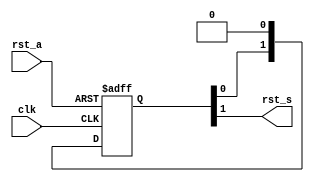
//----------------------------------------------------------------------------
// Copyright (C) 2009 , Olivier Girard
//
// Redistribution and use in source and binary forms, with or without
// modification, are permitted provided that the following conditions
// are met:
//     * Redistributions of source code must retain the above copyright
//       notice, this list of conditions and the following disclaimer.
//     * Redistributions in binary form must reproduce the above copyright
//       notice, this list of conditions and the following disclaimer in the
//       documentation and/or other materials provided with the distribution.
//     * Neither the name of the authors nor the names of its contributors
//       may be used to endorse or promote products derived from this software
//       without specific prior written permission.
//
// THIS SOFTWARE IS PROVIDED BY THE COPYRIGHT HOLDERS AND CONTRIBUTORS "AS IS"
// AND ANY EXPRESS OR IMPLIED WARRANTIES, INCLUDING, BUT NOT LIMITED TO, THE
// IMPLIED WARRANTIES OF MERCHANTABILITY AND FITNESS FOR A PARTICULAR PURPOSE
// ARE DISCLAIMED. IN NO EVENT SHALL THE COPYRIGHT HOLDER OR CONTRIBUTORS BE
// LIABLE FOR ANY DIRECT, INDIRECT, INCIDENTAL, SPECIAL, EXEMPLARY,
// OR CONSEQUENTIAL DAMAGES (INCLUDING, BUT NOT LIMITED TO, PROCUREMENT OF
// SUBSTITUTE GOODS OR SERVICES; LOSS OF USE, DATA, OR PROFITS; OR BUSINESS
// INTERRUPTION) HOWEVER CAUSED AND ON ANY THEORY OF LIABILITY, WHETHER IN
// CONTRACT, STRICT LIABILITY, OR TORT (INCLUDING NEGLIGENCE OR OTHERWISE)
// ARISING IN ANY WAY OUT OF THE USE OF THIS SOFTWARE, EVEN IF ADVISED OF
// THE POSSIBILITY OF SUCH DAMAGE
//
//----------------------------------------------------------------------------
//
// *File Name: omsp_sync_reset.v
//
// *Module Description:
//                       Generic reset synchronizer for the openMSP430
//
// *Author(s):
//              - Olivier Girard,    olgirard@gmail.com
//
//----------------------------------------------------------------------------
// $Rev: 103 $
// $LastChangedBy: olivier.girard $
// $LastChangedDate: 2011-03-05 15:44:48 +0100 (Sat, 05 Mar 2011) $
//----------------------------------------------------------------------------

module  omsp_sync_reset (

// OUTPUTs
    rst_s,                        // Synchronized reset

// INPUTs
    clk,                          // Receiving clock
    rst_a                         // Asynchronous reset
);

// OUTPUTs
//=========
output              rst_s;        // Synchronized reset

// INPUTs
//=========
input               clk;          // Receiving clock
input               rst_a;        // Asynchronous reset


//=============================================================================
// 1)  SYNCHRONIZER
//=============================================================================

reg    [1:0] data_sync;

always @(posedge clk or posedge rst_a)
  if (rst_a) data_sync <=  2'b11;
  else       data_sync <=  {data_sync[0], 1'b0};

assign       rst_s      =   data_sync[1];


endmodule // omsp_sync_reset